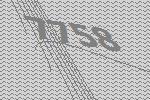
7758